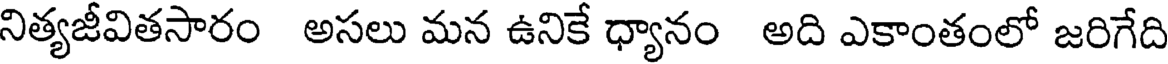
నిత్యజీవితసారం అసలు మన ఉనికే ధ్యానం అది ఎకాంతంలో జరిగేది